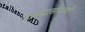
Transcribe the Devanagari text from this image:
जांभ्यासारखी